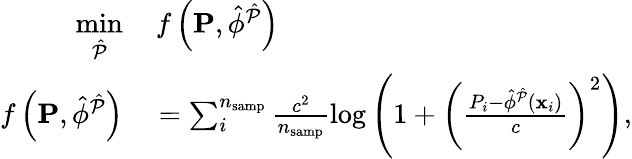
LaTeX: \begin{array}{rl}{\underset{\hat{\mathcal{P}}}{\mathrm{min}}}&{{}\, f\left(\mathbf{P},\hat{\phi}^{\hat{\mathcal{P}}}\right)}\\ {f\left(\mathbf{P},\hat{\phi}^{\hat{\mathcal{P}}}\right)}&{{}=\sum_{i}^{n_{\mathrm{samp}}}\frac{c^{2}}{n_{\mathrm{samp}}}\log\left(1+\left(\frac{P_{i}-\hat{\phi}^{\hat{\mathcal{P}}}\left(\mathbf{x}_{i}\right)}{c}\right)^{2}\right),}\end{array}